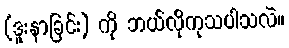
(ဒူးနာခြင်း) ကို ဘယ်လိုကုသပါသလဲ။